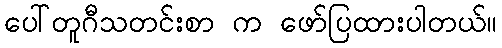
ပေါ်တူဂီသတင်းစာ က ဖော်ပြထားပါတယ်။